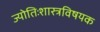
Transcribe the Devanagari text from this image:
ज्योतिःशास्त्रविषयक